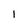
Character: 1